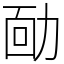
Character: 𠡳